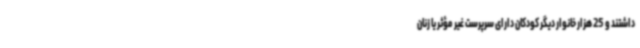
داشتند و 25 هزار خانوار دیگر کودکان دارای سرپرست غیر مؤثر یا زنان